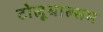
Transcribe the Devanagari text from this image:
टोलूबाल्सम